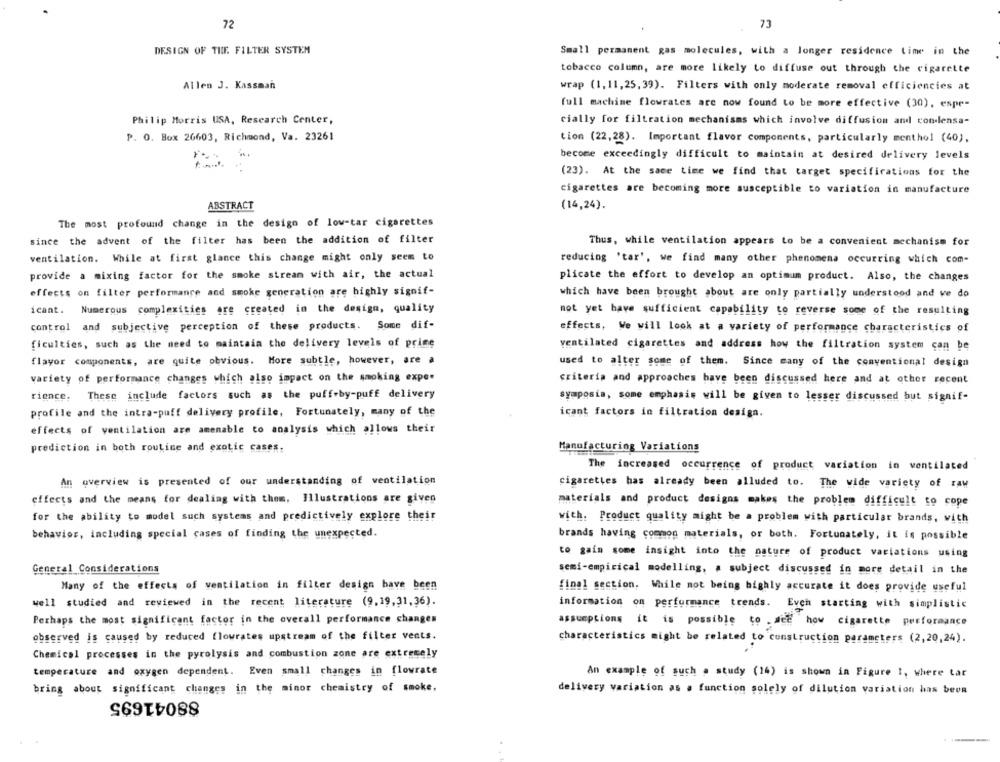
73
72
DESIGN OF THE. FILTER SYSTEM
Small permanent gas molecules, with a longer residence time in the
tobacco column, are more likely to diffuse out through the cigarette
Allen J. Kassman
wrap (1,11,25, 39). Filters with only moderate removal efficiencies at
full machine flowrates are now found to be more effective (30), espr-
Philip Morris USA, Research Center,
cially for filtration mechanisms which involve diffusion and condensa-
P. O. Box 26603, Richmond, Va. 23261
tion (22,28). Important flavor components, particularly menthol (40).
become exceedingly difficult to maintain at desired delivery levels
(23). At the same time we find that target specifications for the
cigarettes are becoming more susceptible to variation in manufacture
ABSTRACT
(14,24).
The most profound change in the design of low-tar cigarettes
since the advent of the filter has been the addition of filter
Thus, while ventilation appears to be a convenient mechanism for
ventilation. While at first glance this change might only seem to
reducing 'tar', we find many other phenomena occurring which com-
provide a mixing factor for the smoke stream with air, the actual
plicate the effort to develop an optimum product. Also, the changes
effects on filter performance and smoke generation are highly signif-
which have been brought about are only partially understood and ve do
icant. Numerous complexities are created in the design, quality
not yet have sufficient capability to reverse some of the resulting
control and subjective perception of these products.
Some dif-
effects, We will look at a variety of performance characteristics of
ficulties, such as the need to maintain the delivery levels of prime
ventilated cigarettes and address how the filtration system can be
flayor components, are quite obvious. More subtle, however, are a
used to alter some of them. Since many of the conventional design
variety of performance changes which also impact on the smoking expe.
criteria and approaches have been discussed here and at other recent
rience. These include factors such as the puff-by-puff delivery
symposia, some emphasis will be given to lesser discussed but signif-
profile and the intra-puff delivery profile, Fortunately, many of the
icant factors in filtration design.
effects of ventilation are amenable to analysis which allows their
prediction in both routine and exotic cases.
Manufacturing Variations
The increased occurrence of product variation in ventilated
An overview is presented of our understanding of ventilation
cigarettes has already been alluded to. The wide variety of raw
effects and the means for dealing with them, Illustrations are given
materials and product designs makes the problem difficult to cope
for the ability to model such systems and predictively explore their
with. Product quality might be a problem with particular brands, with
behavior, including special cases of finding the unexpected.
brands having common materials, or both. Fortunately, it is possible
to gain some insight into the nature of product variations using
General Considerations
semi-empirical modelling, a subject discussed in more detail in the
Many of the effects of ventilation in filter design have been
final section, While not being highly accurate it does provide useful
well studied and reviewed in the recent literature (9,19,31,36).
information on performance trends. Evch starting with simplistic
Perhaps the most significant factor in the overall performance changes
assumptions it is possible to .deE how cigarette performance
observed is caused by reduced flowrates upstream of the filter vents.
characteristics might be related to construction parameters (2,20,24).
Chemical processes in the pyrolysis and combustion zone are extremely
temperature and oxygen dependent. Even small changes in flowrate
An example of such a study (14) is shown in Figure I, where tar
bring about significant changes in the minor chemistry of smoke,
delivery variation as a function solely of dilution variation has been
88041695